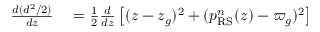
\begin{array} { r l } { \frac { d ( d ^ { 2 } / 2 ) } { d z } } & { { } = \frac { 1 } { 2 } \frac { d } { d z } \left[ ( z - z _ { g } ) ^ { 2 } + ( p _ { \mathrm { R S } } ^ { n } ( z ) - \varpi _ { g } ) ^ { 2 } \right] } \end{array}